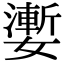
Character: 嬱